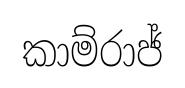
කාම්රාජ්